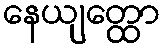
နေယျတ္ထော